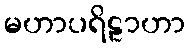
မဟာပရိဠာဟာ